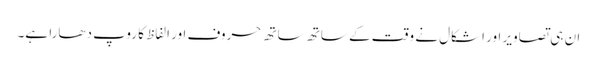
ان ہی تصاویر اور اشکال نے وقت کے ساتھ ساتھ حروف اور الفاظ کا روپ دھارا ہے۔